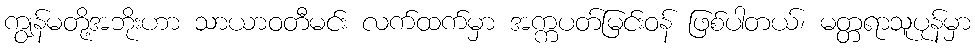
ကျွန်မတို့အဘိုးဟာ သာယာဝတီမင်း လက်ထက်မှာ အက္ကပတ်မြင်းဝန် ဖြစ်ပါတယ်၊ မတ္တရာသူပုန်မှာ